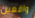
واقعين